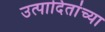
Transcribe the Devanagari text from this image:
उत्पादितांच्या